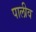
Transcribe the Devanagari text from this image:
पालीव